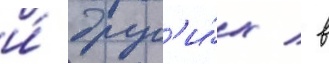
и́ друг'и́х / в